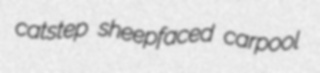
catstep sheepfaced carpool